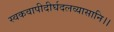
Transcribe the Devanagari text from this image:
स्वकवापीदीर्घदलव्यासानि।।